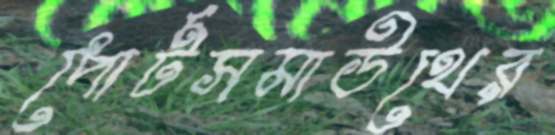
পোর্টসমাউথের